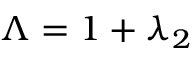
\Lambda = 1 + \lambda _ { 2 }